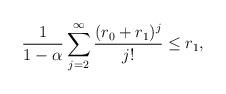
LaTeX: \begin{align*}\frac{1}{1-\alpha}\sum_{j=2}^{\infty}\frac{(r_{0}+r_{1})^{j}}{j!} \leq r_{1},\end{align*}